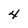
Character: 4